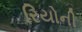
રિયોની